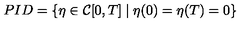
P I D = \{ \eta \in { \cal { C } } [ 0 , T ] \mid \eta ( 0 ) = \eta ( T ) = 0 \}